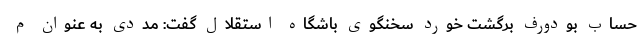
حساب بودورف برگشت خورد سخنگوی باشگاه استقلال گفت: مددی به عنوان م